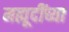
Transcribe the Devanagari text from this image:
मह्मूदींच्या